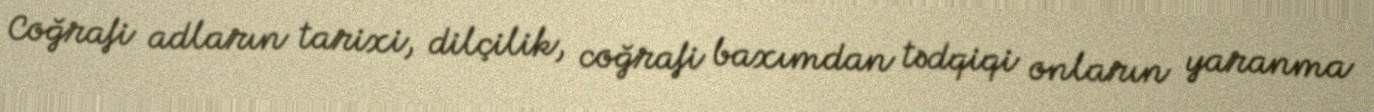
Coğrafi adların tarixi, dilçilik, coğrafi baxımdan tədqiqi onların yaranma